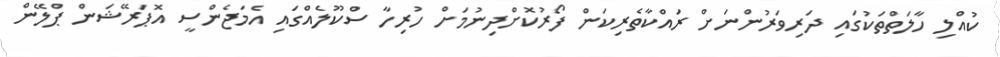
ކުއްލި ހާލަތްތަކުގައި ދަރިވަރުންނަށް ރައްކާތެރިކަން ފޯރުކޮށްދިނުމަށް ހުރިހާ ސްކޫލެއްގައި އެމަޖެންސީ އޮޕަރޭޝަން ޕްލޭން